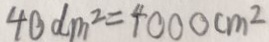
4 0 d m ^ { 2 } = 4 0 0 0 c m ^ { 2 }